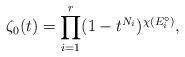
LaTeX: \begin{align*} \zeta_0(t) = \prod_{i = 1}^r (1-t^{N_i})^{\chi(E_i^\circ)},\end{align*}